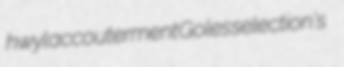
hwyl accouterment Goles selection's